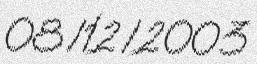
08/12/2003